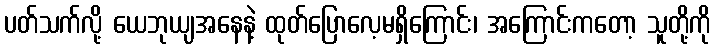
ပတ်သက်လို့ ယေဘုယျအနေနဲ့ ထုတ်ပြောလေ့မရှိကြောင်း၊ အကြောင်းကတော့ သူတို့ကို